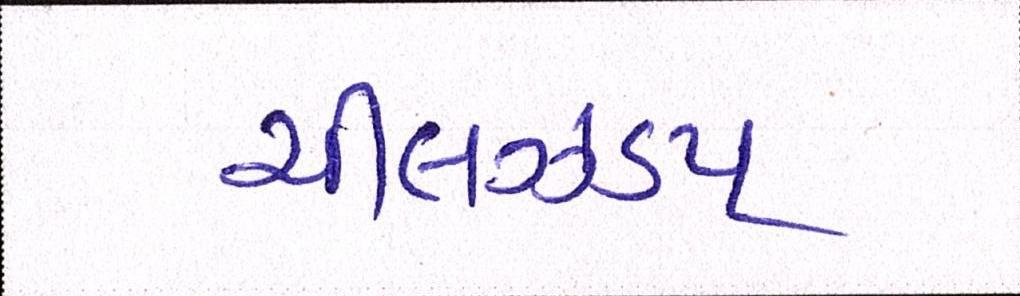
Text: ચીલઝડપ